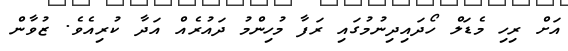
އަށް ރިހި މެޑަލް ހޯދައިދިނުމުގައި ރަފާ މުހިންމު ދައުރެއް އަދާ ކުރިއެވެ. ޒުވާން